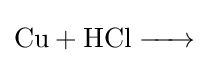
{\ce {Cu + HCl ->}}